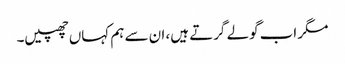
مگر اب گولے گرتے ہیں، ان سے ہم کہاں چھپیں۔